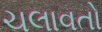
ચલાવતો